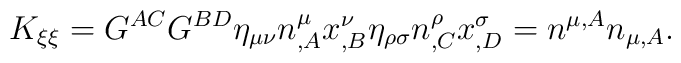
K_{\xi\xi}=G^{AC}G^{BD}\eta_{\mu\nu}n^\mu_{,A}x^\nu_{,B}\eta_{\rho\sigma}n^\rho_{,C}x^\sigma_{,D}=n^{\mu,A}n_{\mu,A}.